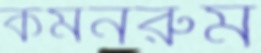
কমনরুম